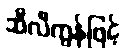
ဆီလီကွန်ဖြင့်